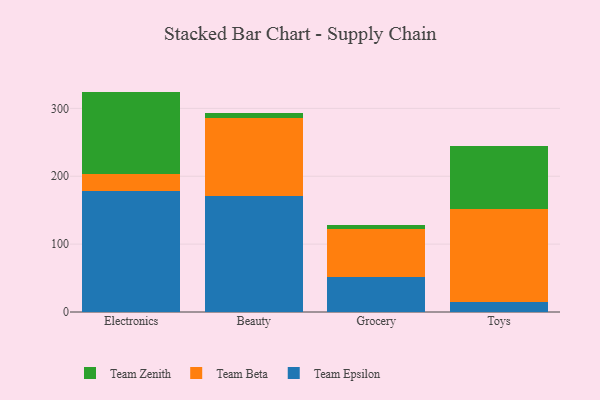
{"axis": {"x": "Category", "y": "Backlog"}, "legend": ["Team Beta", "Team Epsilon", "Team Zenith"], "data": [{"x": "Electronics", "y": 179.0, "type": "Team Epsilon"}, {"x": "Electronics", "y": 24.1, "type": "Team Beta"}, {"x": "Electronics", "y": 121.6, "type": "Team Zenith"}, {"x": "Beauty", "y": 170.7, "type": "Team Epsilon"}, {"x": "Beauty", "y": 115.5, "type": "Team Beta"}, {"x": "Beauty", "y": 6.3, "type": "Team Zenith"}, {"x": "Grocery", "y": 52.3, "type": "Team Epsilon"}, {"x": "Grocery", "y": 70.0, "type": "Team Beta"}, {"x": "Grocery", "y": 6.6, "type": "Team Zenith"}, {"x": "Toys", "y": 14.5, "type": "Team Epsilon"}, {"x": "Toys", "y": 137.4, "type": "Team Beta"}, {"x": "Toys", "y": 92.4, "type": "Team Zenith"}]}